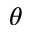
\theta